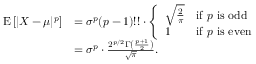
{ \begin{array} { r l } { \operatorname { E } \left[ | X - \mu | ^ { p } \right] } & { = \sigma ^ { p } ( p - 1 ) ! ! \cdot { \left\{ \begin{array} { l l } { { \sqrt { \frac { 2 } { \pi } } } } & { { \mathrm { i f ~ } } p { \mathrm { ~ i s ~ o d d } } } \\ { 1 } & { { \mathrm { i f ~ } } p { \mathrm { ~ i s ~ e v e n } } } \end{array} \right. } } \\ & { = \sigma ^ { p } \cdot { \frac { 2 ^ { p / 2 } \Gamma \left( { \frac { p + 1 } { 2 } } \right) } { \sqrt { \pi } } } . } \end{array} }